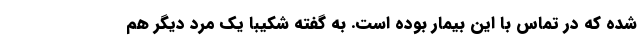
شده که در تماس با این بیمار بوده است. به گفته شکیبا یک مرد دیگر هم